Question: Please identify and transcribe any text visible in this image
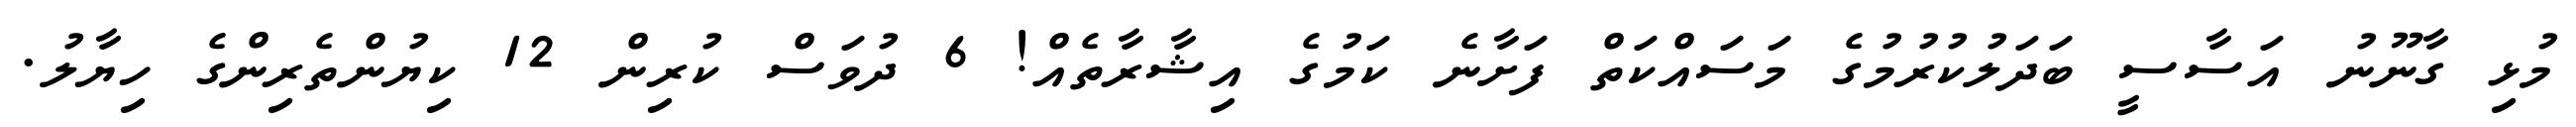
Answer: މުޅި ގާނޫނު އަސާސީ ބަދަލުކުރުމުގެ މަސައްކަތް ފަށާނެ ކަމުގެ އިޝާރާތެއް! 6 ދުވަސް ކުރިން 12 ކިޔުންތެރިންގެ ހިޔާލު.